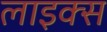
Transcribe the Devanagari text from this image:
लाइक्‍स